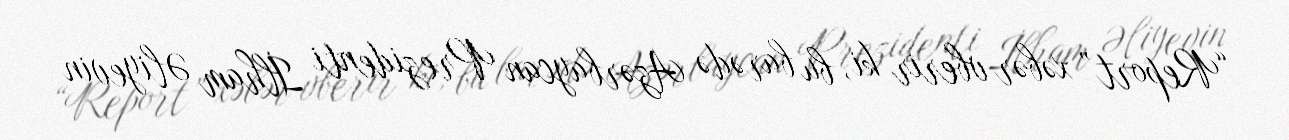
“Report” xəbər vberir ki, bu barədə Azərbaycan Prezidenti İlham Əliyevin